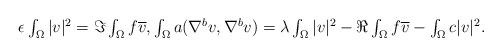
LaTeX: \begin{align*} \textstyle \epsilon\int_{\Omega}|v|^{2}= \Im \int_{\Omega} f \overline{v}, \int_{\Omega}a(\nabla^{b}v,\nabla^{b}v)= \lambda\int_{\Omega}|v|^{2}-\Re\int_{\Omega}f \overline{v}- \int_{\Omega}c|v|^{2}. \end{align*}